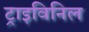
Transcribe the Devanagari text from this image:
ट्राइविनिल